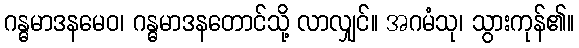
ဂန္ဓမာဒနမေဝ၊ ဂန္ဓမာဒနတောင်သို့ လာလျှင်။ အဂမံသု၊ သွားကုန်၏။